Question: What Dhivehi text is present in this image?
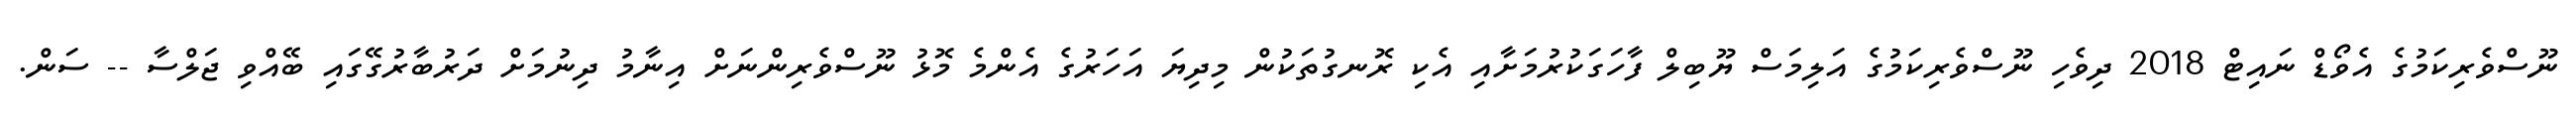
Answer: ނޫސްވެރިކަމުގެ އެވޯޑް ނައިޓް 2018 ދިވެހި ނޫސްވެރިކަމުގެ އަލިމަސް ޔޫބިލް ފާހަގަކުރުމަށާއި އެކި ރޮނގުތަކުން މިދިޔަ އަހަރުގެ އެންމެ މޮޅު ނޫސްވެރިންނަށް އިނާމު ދިނުމަށް ދަރުބާރުގޭގައި ބޭއްވި ޖަލްސާ -- ސަން.